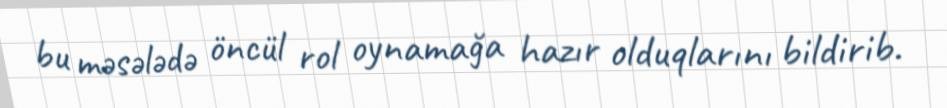
bu məsələdə öncül rol oynamağa hazır olduqlarını bildirib.